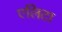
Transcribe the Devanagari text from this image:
एलिटा